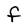
Character: F